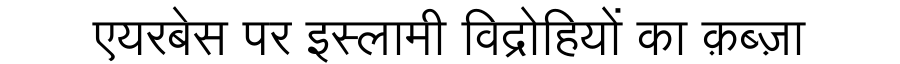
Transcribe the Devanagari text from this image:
एयरबेस पर इस्लामी विद्रोहियों का क़ब्ज़ा